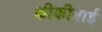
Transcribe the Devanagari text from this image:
कीकीबाई